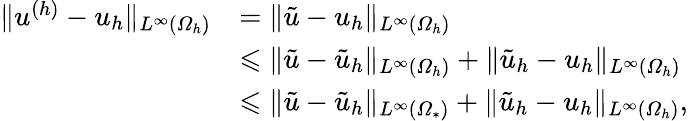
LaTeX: \begin{array}{rl}{\| u^{(h)}-u_{h}\| _{L^{\infty}(\varOmega_{h})}}&{=\| \tilde{u}-u_{h}\| _{L^{\infty}(\varOmega_{h})}}\\ &{\leqslant\| \tilde{u}-\tilde{u}_{h}\| _{L^{\infty}(\varOmega_{h})}+\| \tilde{u}_{h}-u_{h}\| _{L^{\infty}(\varOmega_{h})}}\\ &{\leqslant\| \tilde{u}-\tilde{u}_{h}\| _{L^{\infty}(\varOmega_{*})}+\| \tilde{u}_{h}-u_{h}\| _{L^{\infty}(\varOmega_{h})},}\end{array}